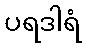
ပရဒါရံ